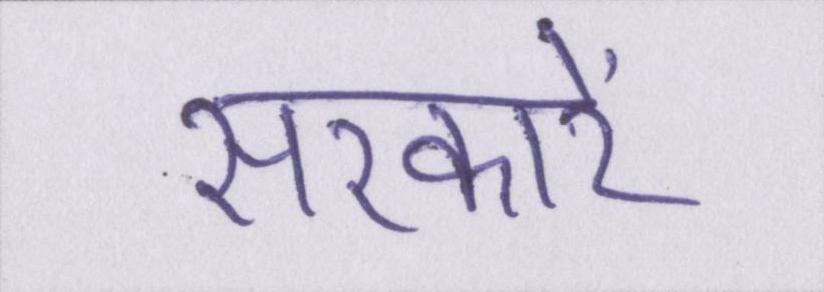
सरकारें